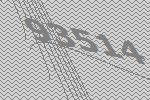
93514